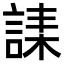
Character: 䛶